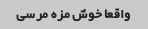
واقعا خوش مزه مرسی